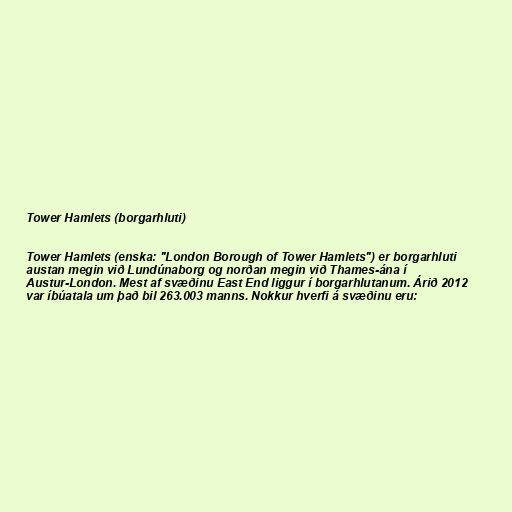
Tower Hamlets (borgarhluti)

Tower Hamlets (enska: "London Borough of Tower Hamlets") er borgarhluti
austan megin við Lundúnaborg og norðan megin við Thames-ána í
Austur-London. Mest af svæðinu East End liggur í borgarhlutanum. Árið 2012
var íbúatala um það bil 263.003 manns. Nokkur hverfi á svæðinu eru: